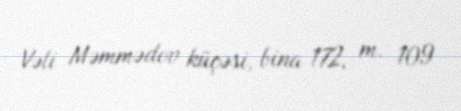
Vəli Məmmədov küçəsi, bina 172, m. 109